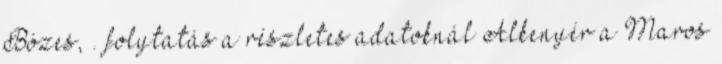
Bózes, . folytatás a részletes adatoknál Alkenyér a Maros